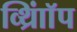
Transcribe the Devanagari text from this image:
व्थ्राॉिंप